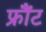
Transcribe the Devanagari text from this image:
फ्रौंट